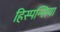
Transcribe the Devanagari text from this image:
हिस्पन्सिया